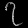
Digit: ၇